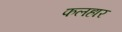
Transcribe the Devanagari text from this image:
फलहार